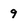
Character: 9